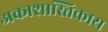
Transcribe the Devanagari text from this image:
अकाशास्तिकाय